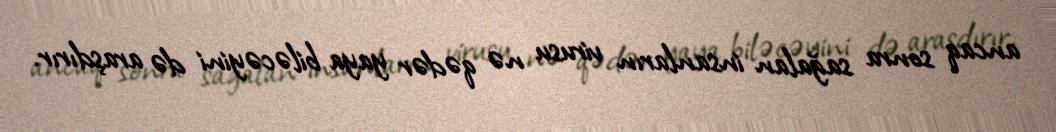
ancaq sonra sağalan insanların virusu nə qədər yaya biləcəyini də araşdırır.